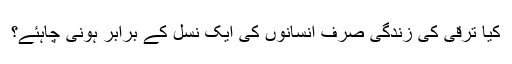
کیا ترقی کی زندگی صرف انسانوں کی ایک نسل کے برابر ہونی چاہئے؟